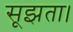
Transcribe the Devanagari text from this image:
सूझता।